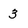
Character: 3